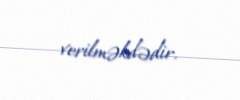
verilməkdədir.